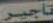
تاجير